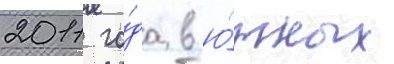
2011 го́да в ю́жных